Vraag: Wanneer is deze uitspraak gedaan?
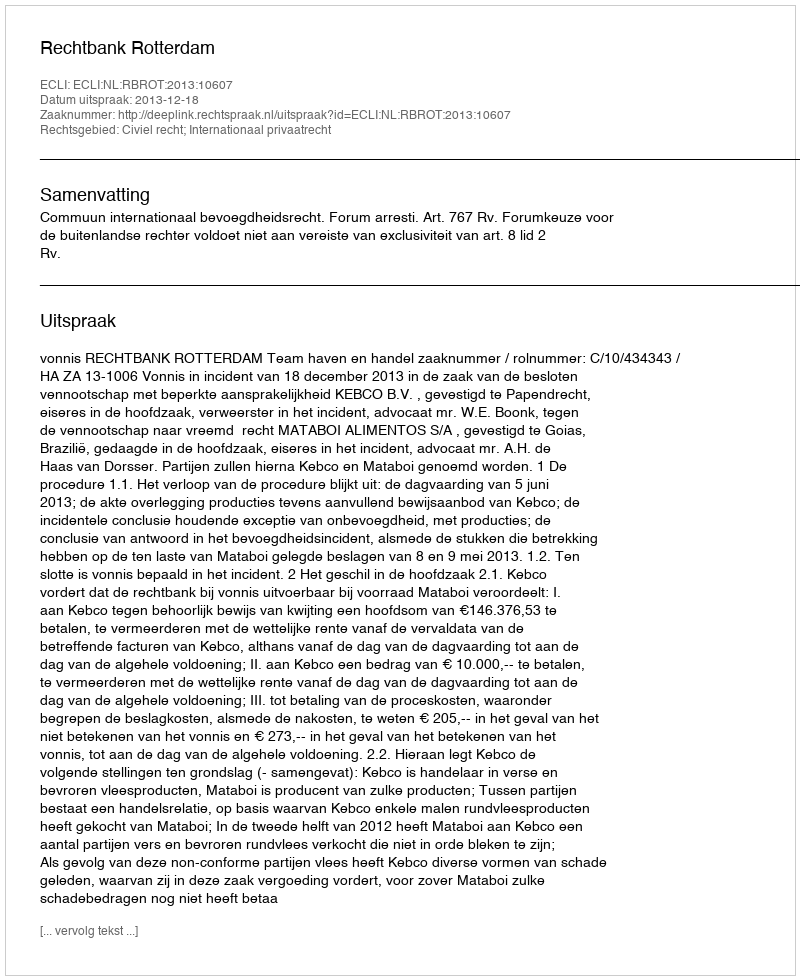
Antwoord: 2013-12-18